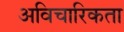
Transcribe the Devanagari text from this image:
अविचारिकता